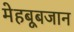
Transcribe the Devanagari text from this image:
मेहबूबजान